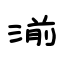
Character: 湔